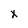
Character: x